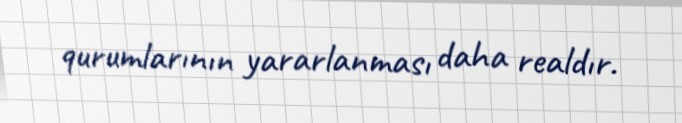
qurumlarının yararlanması daha realdır.